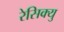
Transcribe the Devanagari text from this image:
रेसिक्यु